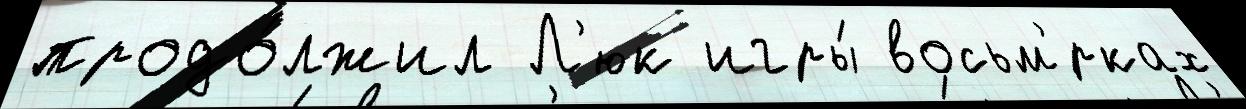
продо́лжил Л'юк игры́ восьм'́рках